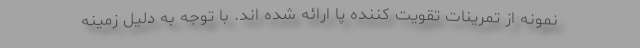
نمونه از تمرینات تقویت کننده پا ارائه شده اند. با توجه به دلیل زمینه